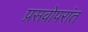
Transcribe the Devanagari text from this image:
प्रसवोपरांत